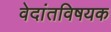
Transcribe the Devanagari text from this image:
वेदांतविषयक